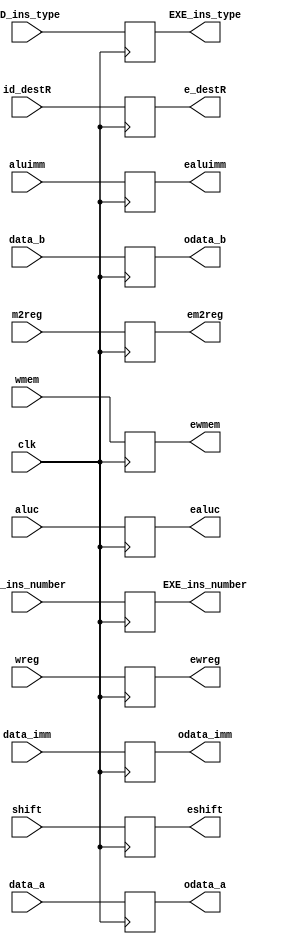
`timescale 1ns / 1ps

module Reg_ID_EXE(clk, 	wreg,	m2reg, wmem, aluc, shift, aluimm,  data_a, data_b, data_imm, id_destR,//inputs
								ewreg,em2reg,	ewmem,ealuc, eshift, ealuimm, odata_a,odata_b, odata_imm, e_destR,
								ID_ins_type, ID_ins_number, EXE_ins_type, EXE_ins_number);	//outputs
	input		clk;
	input 	wreg,	m2reg,	wmem,	shift,	aluimm;
	input [3:0] 	aluc;
	input [31:0]	data_a,	data_b,	data_imm;
	
	input[4:0] id_destR;
	input[3:0] 	ID_ins_type;
	input[3:0]	ID_ins_number;
	

	output 	ewreg,	em2reg,	ewmem,	eshift,	ealuimm;
	output [3:0] 	ealuc;
	output [31:0]	odata_a,odata_b,odata_imm;
	
	output[4:0] e_destR;

	output[3:0] EXE_ins_type;
	output[3:0] EXE_ins_number;
	
	reg[3:0] EXE_ins_type;
	reg[3:0] EXE_ins_number;
	reg 	ewreg,	em2reg,	ewmem,	eshift,	ealuimm;
	reg [3:0] 	ealuc;
	reg [31:0]	odata_a,odata_b,odata_imm;

	reg [4:0] e_destR;
	//reg [4:0]e_rt;
	//reg [4:0]e_rd;
	
	always@(posedge clk) begin
			ewreg <= wreg;
			em2reg <= m2reg;
			ewmem <= wmem;
			eshift <= shift;
			ealuimm <= aluimm;
			ealuc <= aluc;
			odata_a <= data_a;
			odata_b <= data_b;
			odata_imm <= data_imm;
			EXE_ins_type <= ID_ins_type;
			EXE_ins_number <= ID_ins_number;
			e_destR <= id_destR;
	end
endmodule